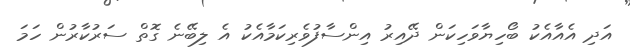
އަދި އެއާއެކު ބޯހިޔާވަހިކަން ދޭއިރު އިންސާފުވެރިކަމާއެކު އެ ލިބޭނެ ގޮތް ސަރުކާރުން ހަމަ